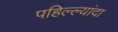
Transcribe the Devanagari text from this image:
पहिल्ल्यांदा